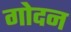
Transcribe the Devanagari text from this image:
गोदन